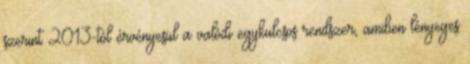
szerint 2013-tól érvényesül a valódi egykulcsos rendszer, amiben lényeges